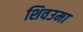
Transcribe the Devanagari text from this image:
शिवउमा